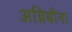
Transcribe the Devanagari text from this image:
अग्निबीना